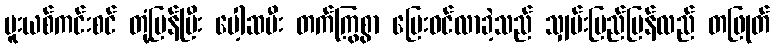
မူးယစ်ကင်းစင် တုံ့ပြန်ပြီး ပေါ့ဆမီး တက်ကြွစွာ ပြေးဝင်လာခဲ့သည် သျှမ်းပြည်ပြန်လည် တဖြုတ်